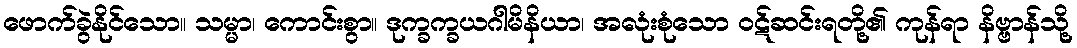
ဖောက်ခွဲနိုင်သော။ သမ္မာ၊ ကောင်းစွာ။ ဒုက္ခက္ခယဂါမိနိယာ၊ အလုံးစုံသော ဝဋ်ဆင်းရတို့၏ ကုန်ရာ နိဗ္ဗာန်သို့